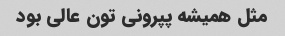
مثل همیشه پپرونی تون عالی بود